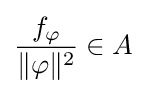
{\frac {f_{\varphi }}{\|\varphi \|^{2}}}\in A